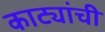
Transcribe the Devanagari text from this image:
काट्यांची